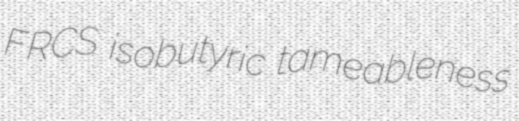
FRCS isobutyric tameableness